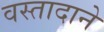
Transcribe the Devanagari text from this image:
वस्तादाने